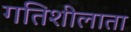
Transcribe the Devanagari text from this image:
गतिशीलाता